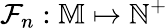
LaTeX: \mathcal{F}_{n}:\mathbb{M}\mapsto\mathbb{N}^{+}